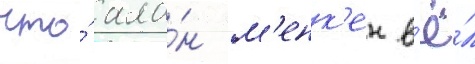
что́ ала́н м'енк'ен в'ё́л